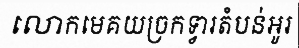
លោកមេគយច្រកទ្វារតំបន់អូរ